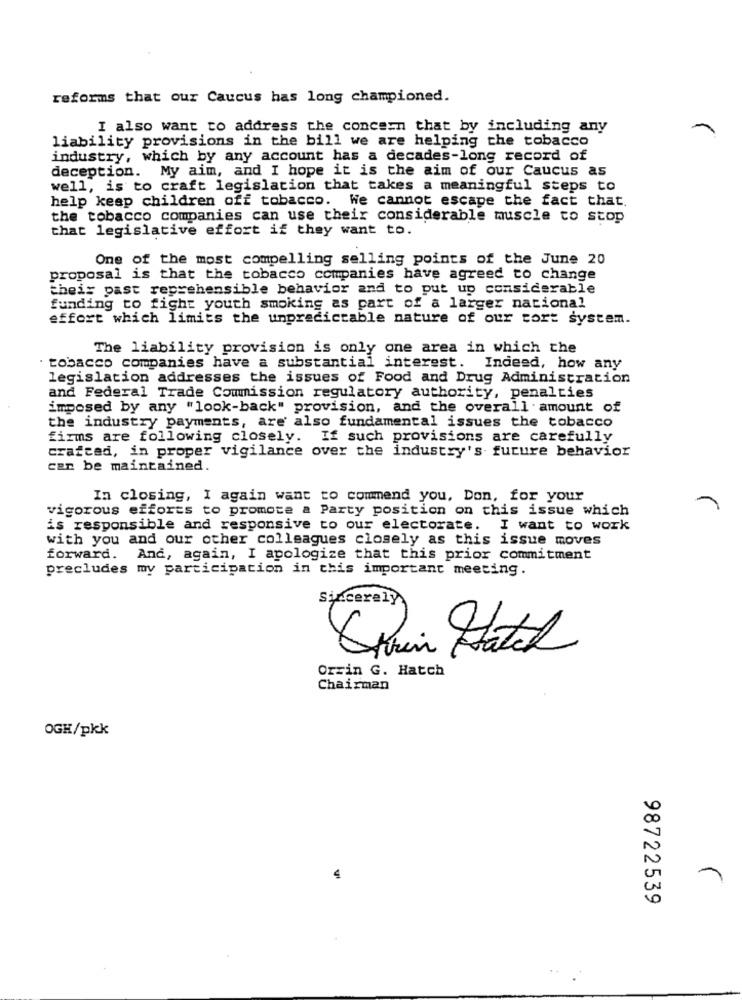
reforms that our Caucus has long championed.
I also want to address the concern that by including any
liability provisions in the bill we are helping the tobacco
industry, which by any account has a decades-long record of
deception. My aim, and I hope it is the aim of our Caucus as
well, is to craft legislation that takes a meaningful steps to
help keep children off tobacco. We cannot escape the fact that.
the tobacco companies can use their considerable muscle to stop
that legislative effort if they want to.
One of the most compelling selling points of the June 20
proposal is that the tobacco companies have agreed to change
theis past reprehensible behavior and to put up considerable
funding to fight youth smoking as part of a larger national
effort which limits the unpredictable nature of our tort system.
The liability provision is only one area in which the
tobacco companies have a substantial interest. Indeed, how any
legislation addresses the issues of Food and Drug Administration
and Federal Trade Commission regulatory authority, penalties
imposed by any "look-back" provision, and the overall amount of
the industry payments, are also fundamental issues the tobacco
firms are following closely. If such provisions are carefully
crafeed, in proper vigilance over the industry's future behavior
can be maintained.
In closing, I again want to commend you, Don, for your
vigorous efforts to promote a Party position on this issue which
is responsible and responsive to our electorate. I want to work
with you and our other colleagues closely as this issue moves
forward. And, again, I apologize that this prior commitment
precludes my participation in this important meeting.
Sincerely
Spin Hatch
Orrin G. Hatch
Chairman
OGH/pkk
4
98722539